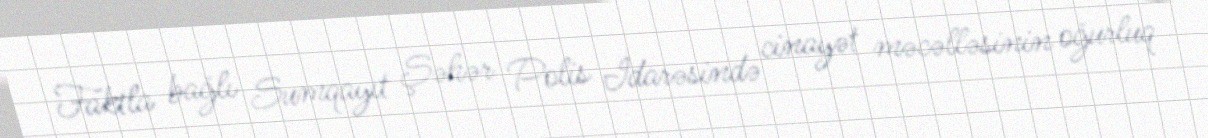
Faktla bağlı Sumqayıt Şəhər Polis İdarəsində cinayət məcəlləsinin oğurluq